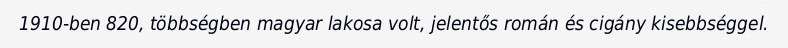
1910-ben 820, többségben magyar lakosa volt, jelentős román és cigány kisebbséggel.